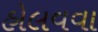
હોલવવા